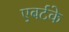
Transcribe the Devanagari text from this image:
एबर्टके